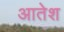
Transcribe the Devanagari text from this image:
आतेश